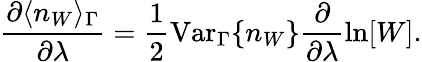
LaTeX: \frac{\partial\langle n_{W}\rangle_{\Gamma}}{\partial\lambda}=\frac{1}{2}\mathrm{Var}_{\Gamma}\{ n_{W}\} \frac{\partial}{\partial\lambda}\ln[W].